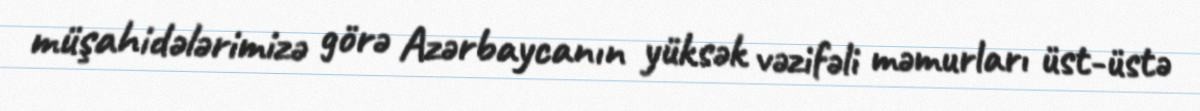
müşahidələrimizə görə Azərbaycanın yüksək vəzifəli məmurları üst-üstə